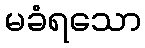
မခံရသော